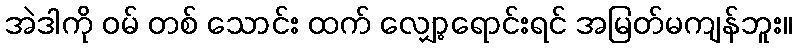
အဲဒါကို ဝမ် တစ် သောင်း ထက် လျှော့ရောင်းရင် အမြတ်မကျန်ဘူး။